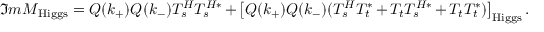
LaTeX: { \Im m { \cal M } } _ { \mathrm { H i g g s } } = Q ( k _ { + } ) Q ( k _ { - } ) { \cal T } _ { s } ^ { H } { \cal T } _ { s } ^ { H * } + \big [ Q ( k _ { + } ) Q ( k _ { - } ) ( { \cal T } _ { s } ^ { H } { \cal T } _ { t } ^ { * } + { \cal T } _ { t } { \cal T } _ { s } ^ { H * } + { \cal T } _ { t } { \cal T } _ { t } ^ { * } ) \big ] _ { \mathrm { H i g g s } } \, .